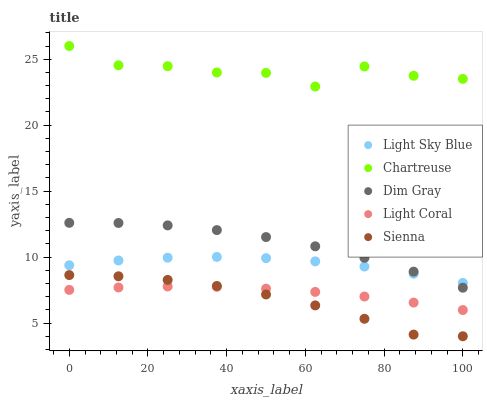
| xaxis_label | Light Sky Blue | Chartreuse | Dim Gray | Light Coral | Sienna |
 | --- | --- | --- | --- | --- | --- |
 | 0 | 9.38 | 26 | 12.6 | 7.51 | 8.64 |
 | 12.5 | 9.74 | 24.5 | 12.6 | 7.7 | 8.55 |
 | 25 | 9.95 | 24.5 | 12.4 | 7.77 | 8.27 |
 | 37.5 | 10 | 24 | 12 | 7.74 | 7.81 |
 | 50 | 9.92 | 24 | 11.5 | 7.61 | 7.17 |
 | 62.5 | 9.68 | 22.9 | 10.8 | 7.36 | 6.34 |
 | 75 | 9.28 | 24.4 | 9.94 | 7.01 | 5.32 |
 | 87.5 | 8.74 | 23.7 | 8.9 | 6.55 | 4.13 |
 | 100 | 8.04 | 23.5 | 7.68 | 5.99 | 4 |